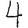
Digit: 4